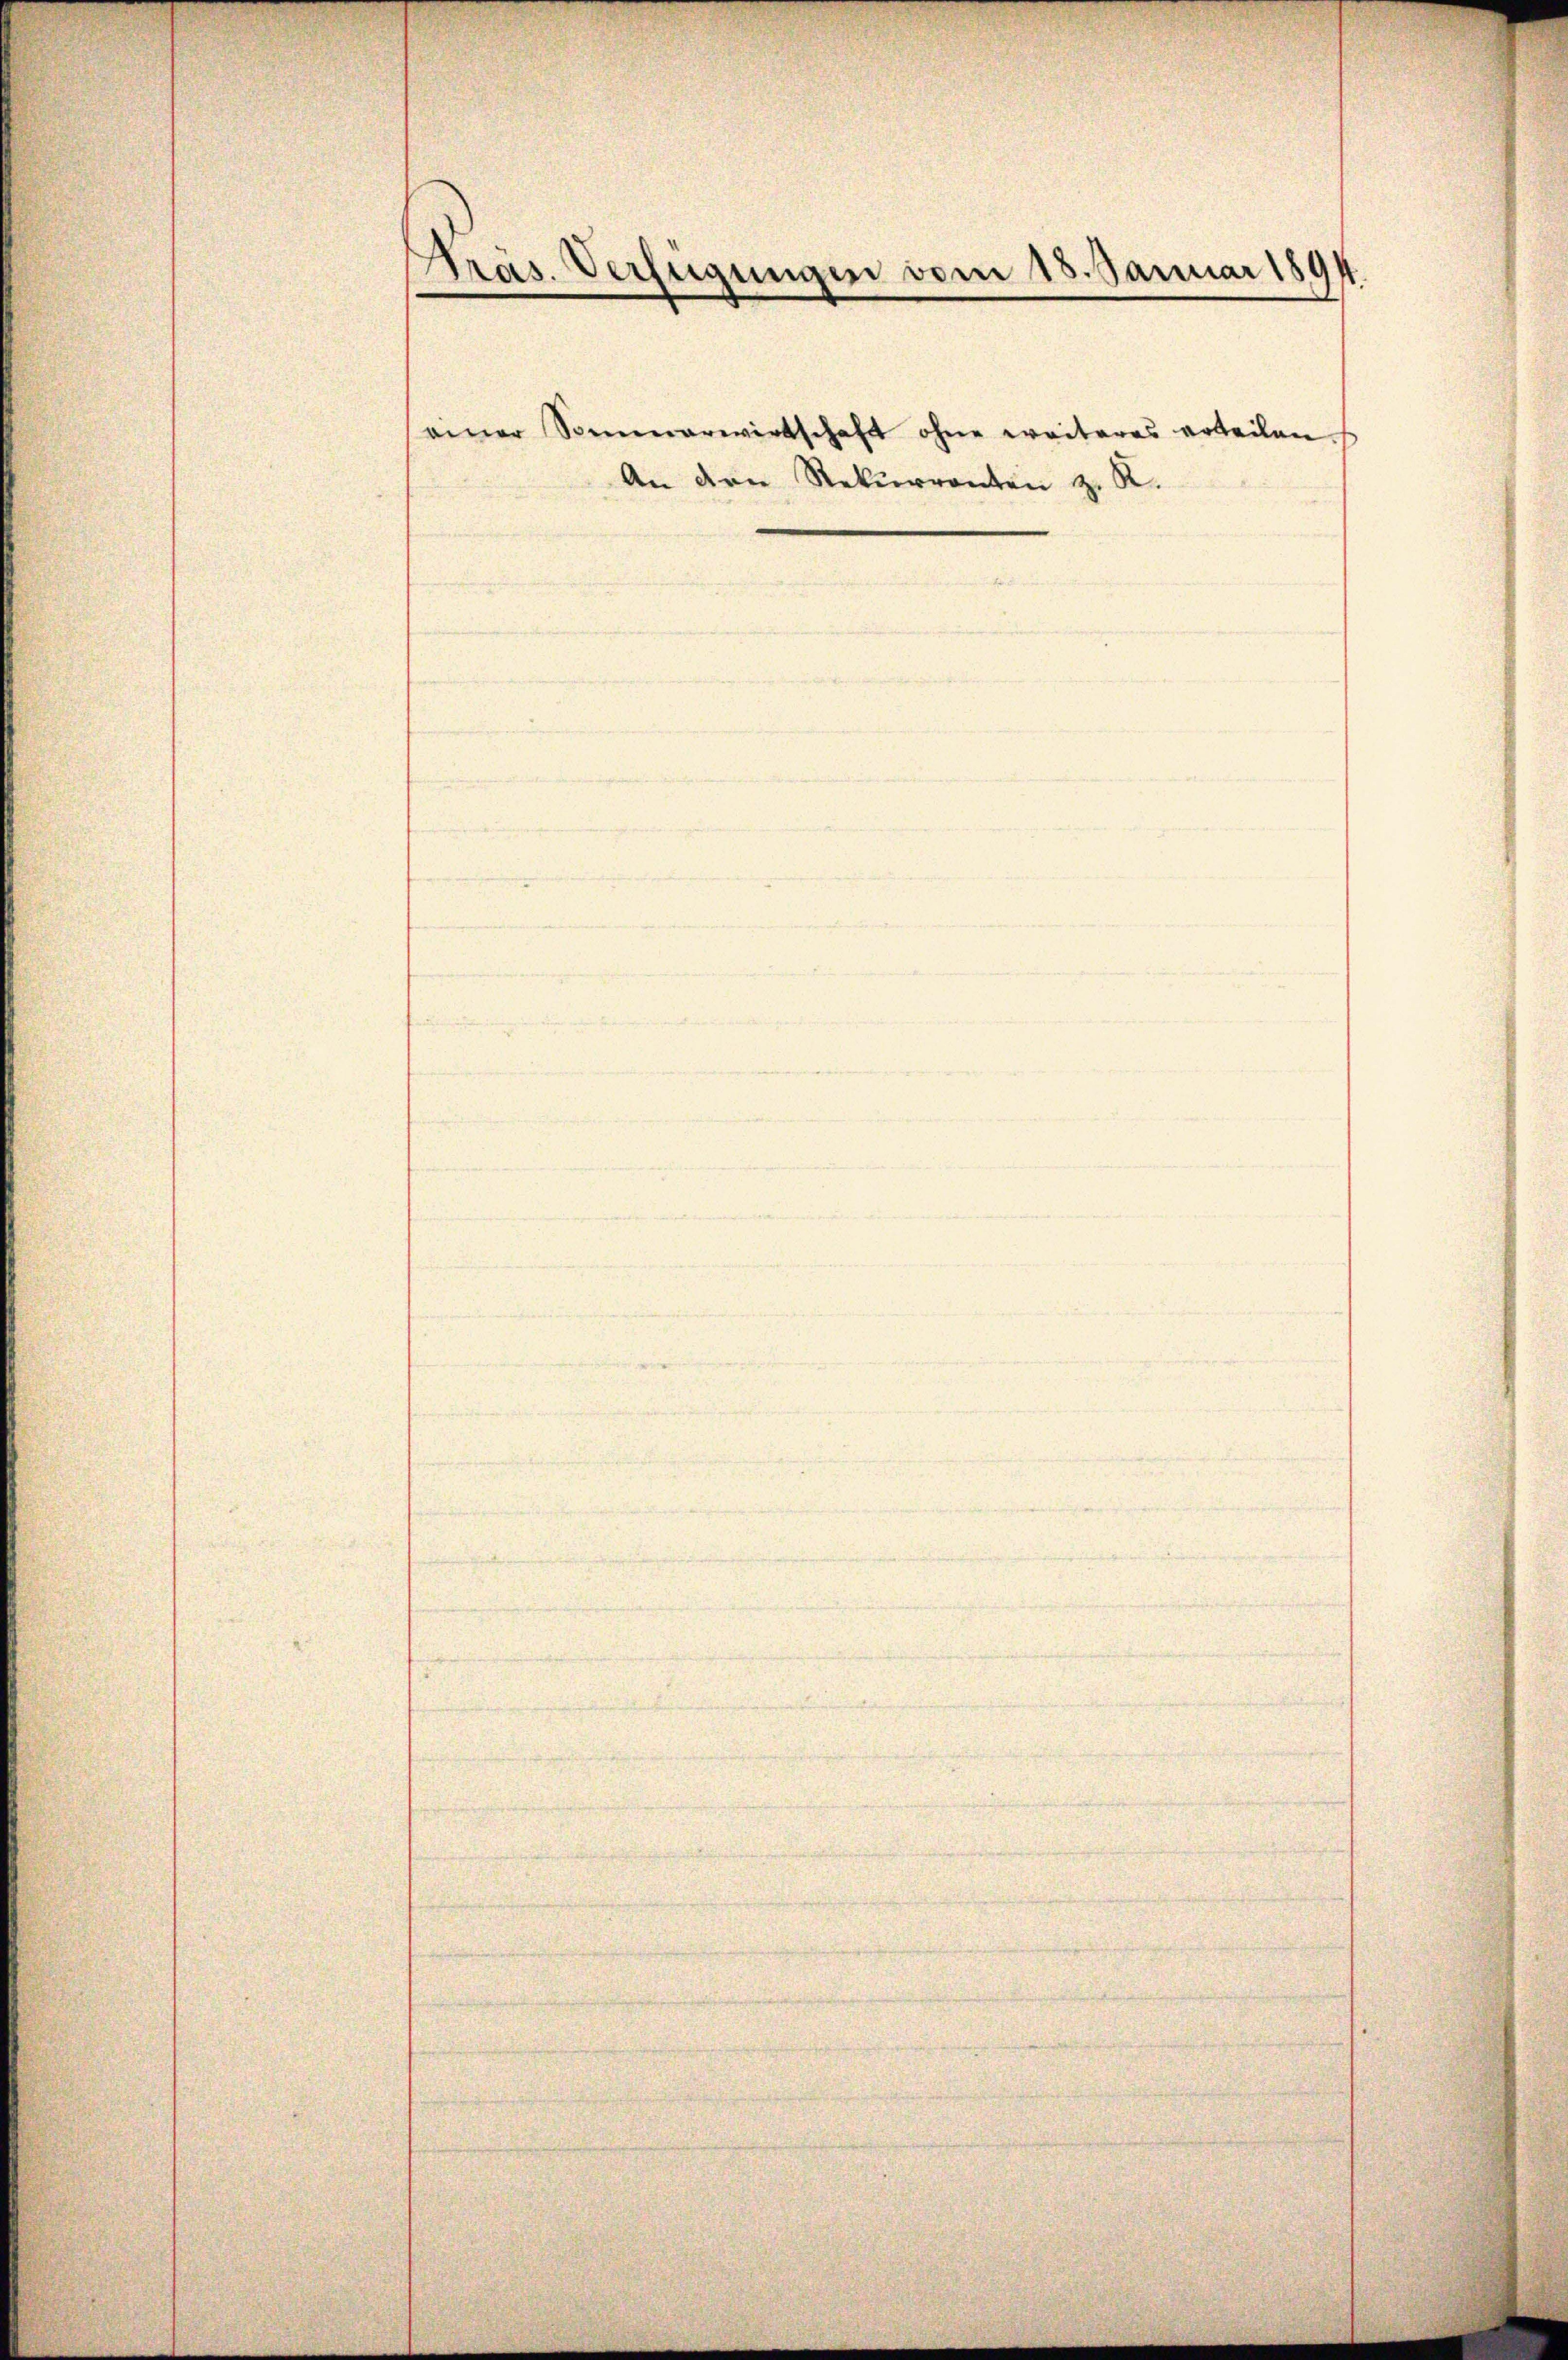
Präs. Verfügungen vom 18. Januar 1894.

seiner Sommerwirtschaft ohne weiteres erteilen.
An den Rekurrenten z. R.